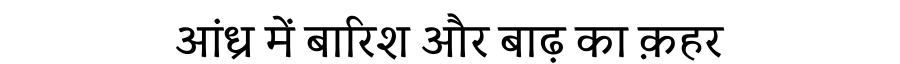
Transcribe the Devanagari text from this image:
आंध्र में बारिश और बाढ़ का क़हर